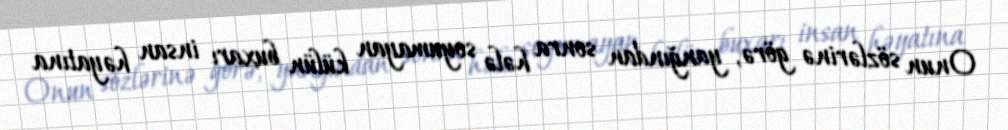
Onun sözlərinə görə, yanğından sonra hələ soyumayan külün buxarı insan həyatına